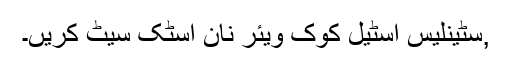
,سٹینلیس اسٹیل کوک ویئر نان اسٹک سیٹ کریں۔